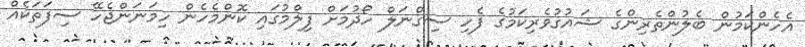
އެހެންކަމުން ބެލުންތެރިންގެ ޝައުގުވެރިކަމުގެ ފެހި ސިގްނަލް ހޯދުމަށް ފިލްމުގައި ކޮންމެހެން ހިމަނަންޖެހޭ ސިފަތަކެއް